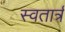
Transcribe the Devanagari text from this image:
स्वतार्त्र